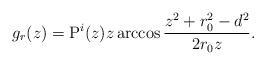
LaTeX: \begin{align*}g_r(z) = \mathrm{P}^i (z) z\arccos \frac{z^2+r_0^2-d^2}{2r_0z} .\end{align*}